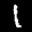
Label: 1